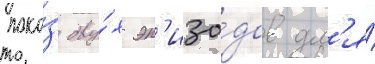
пока́з дву́х эп'изо́дов дл'я́